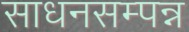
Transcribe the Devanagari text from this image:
साधनसम्पन्न